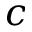
c